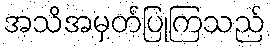
အသိအမှတ်ပြုကြသည်